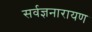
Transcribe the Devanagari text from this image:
सर्वज्ञनारायण